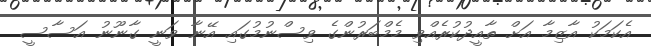
އެކަމަކު އާޒިމާ އަށް ތާއީދުކުރެއްވި މެމްބަރުންގެ ވިސްނުމުގައި އޭނާ ވަނީ ގާނޫނު އަސާސީ